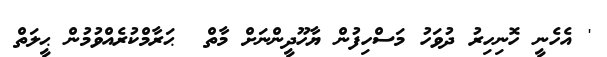
' އެހެނީ ހޮނިހިރު ދުވަހު މަސްހިފުން ޔާހޫދީންނަށް މާތް  ޙަރާމްކުރެއްވުމުން ޙީލަތް